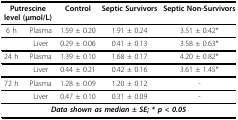
| <COLSPAN=2> Putrescine level (μmol/L) | Control | Septic Survivors | Septic Non-Survivors |
 | --- | --- | --- | --- | --- |
 | 6 h | Plasma | 1.59 ± 0.20 | 1.91 ± 0.24 | 3.51 ± 0.42* |
 |  | Liver | 0.29 ± 0.06 | 0.41 ± 0.13 | 3.58 ± 0.63* |
 | 24 h | Plasma | 1.39 ± 0.10 | 1.68 ± 0.17 | 4.20 ± 0.82* |
 |  | Liver | 0.44 ± 0.21 | 0.42 ± 0.16 | 3.61 ± 1.45* |
 | 72 h | Plasma | 1.28 ± 0.09 | 1.20 ± 0.12 | - |
 |  | Liver | 0.47 ± 0.10 | 0.31 ± 0.09 | - |
 | <COLSPAN=5> Data shown as median ± SE; * p < 0.05 |